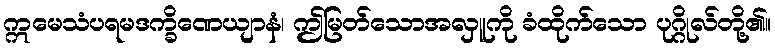
ဣမေသံပရမဒက္ခိဏေယျာနံ၊ ဤမြတ်သောအလှူကို ခံထိုက်သော ပုဂ္ဂိုလ်တို့၏။